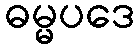
ဓမ္မပဒေ